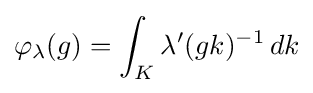
\varphi _{\lambda }(g)=\int _{K}\lambda ^{\prime }(gk)^{-1}\,dk